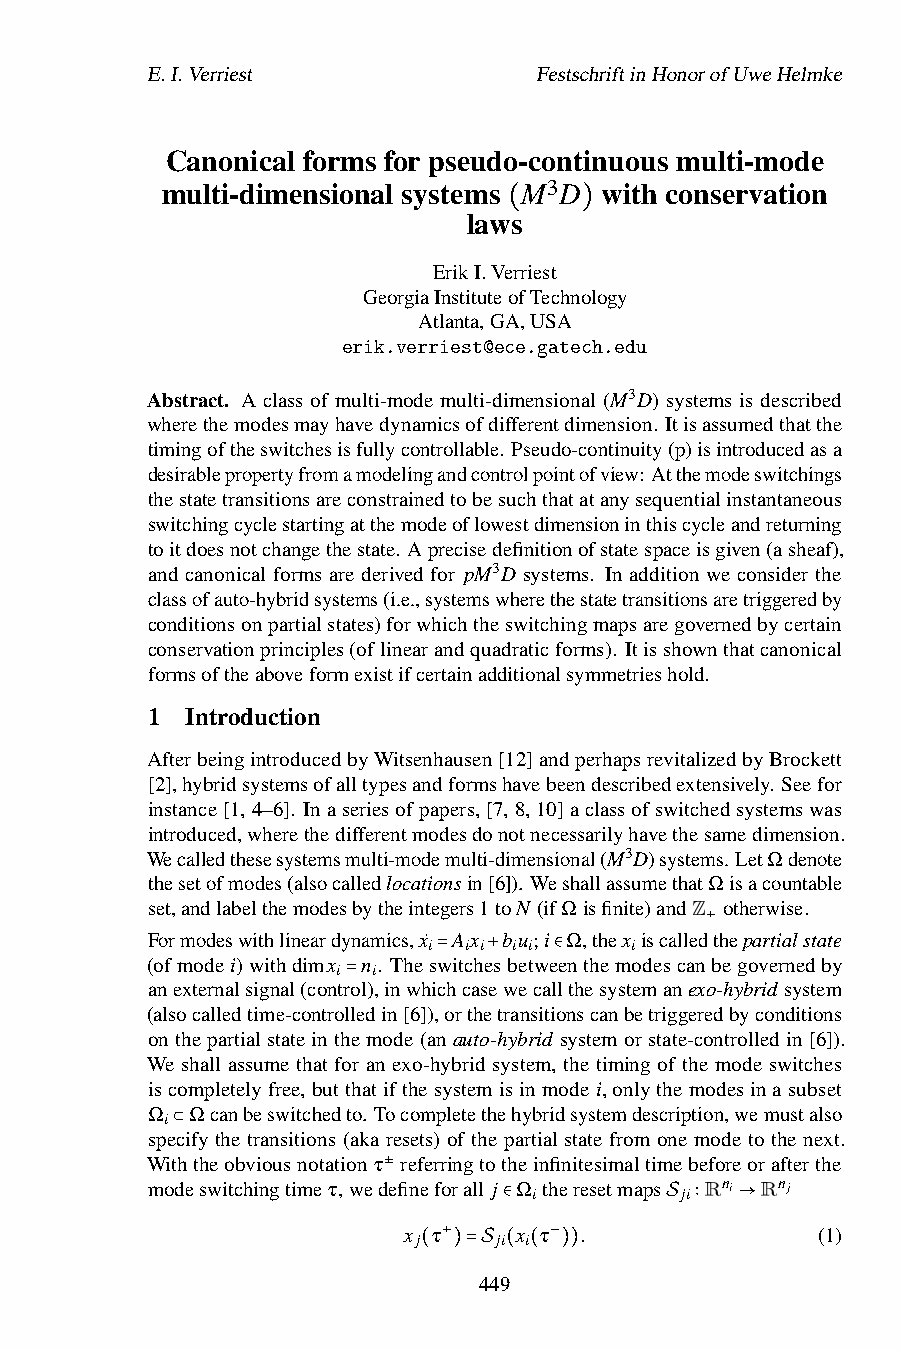
E.I.Verriest              FestschriftinHonorofUweHelmke
 Canonical forms for pseudo-continuous multi-mode
 multi-dimensional systems (M3D) with conservation
 laws
 ErikI.Verriest
 GeorgiaInstituteofTechnology
 Atlanta,GA,USA
 erik.verriest@ece.gatech.edu
 Abstract. A class of multi-mode multi-dimensional (M3D) systems is described
 wherethemodesmayhavedynamicsofdifferentdimension. Itisassumedthatthe
 timingoftheswitchesisfullycontrollable. Pseudo-continuity(p)isintroducedasa
 desirablepropertyfromamodelingandcontrolpointofview:Atthemodeswitchings
 thestatetransitionsareconstrainedtobesuchthatatanysequentialinstantaneous
 switchingcyclestartingatthemodeoflowestdimensioninthiscycleandreturning
 toitdoesnotchangethestate. Aprecisedefinitionofstatespaceisgiven(asheaf),
 and canonical forms are derived for pM3D systems. In addition we consider the
 classofauto-hybridsystems(i.e.,systemswherethestatetransitionsaretriggeredby
 conditionsonpartialstates)forwhichtheswitchingmapsaregovernedbycertain
 conservationprinciples(oflinearandquadraticforms). Itisshownthatcanonical
 formsoftheaboveformexistifcertainadditionalsymmetrieshold.
 1 Introduction
 AfterbeingintroducedbyWitsenhausen[12]andperhapsrevitalizedbyBrockett
 [2],hybridsystemsofalltypesandformshavebeendescribedextensively. Seefor
 instance[1,4–6]. Inaseriesofpapers,[7,8,10]aclassofswitchedsystemswas
 introduced,wherethedifferentmodesdonotnecessarilyhavethesamedimension.
 Wecalledthesesystemsmulti-modemulti-dimensional(M3D)systems.LetΩdenote
 thesetofmodes(alsocalledlocationsin[6]). WeshallassumethatΩisacountable
 set,andlabelthemodesbytheintegers1toN (ifΩisfinite)andZ otherwise.
 Formodeswithlineardynamics,x˙ Ax bu;i Ω,thex iscalledthepartialstate
 i  i i i i    i    +
 (ofmodei)withdimx n. Theswitchesbetweenthemodescanbegovernedby
 i  i
 anexternalsignal(control),inwhic=hcas+ewecal∈lthesystemanexo-hybridsystem
 (alsocalledtime-control=ledin[6]),orthetransitionscanbetriggeredbyconditions
 onthepartialstateinthemode(anauto-hybrid systemorstate-controlledin[6]).
 We shall assume that for an exo-hybrid system, the timing of the mode switches
 iscompletelyfree, butthatifthesystemisinmodei, onlythemodesinasubset
 Ω Ωcanbeswitchedto. Tocompletethehybridsystemdescription,wemustalso
 i
 specify the transitions (aka resets) of the partial state from one mode to the next.
 Wit⊂htheobviousnotationτ referringtotheinfinitesimaltimebeforeorafterthe
 modeswitchingtimeτ,wed±efineforall j Ω itheresetmaps
 ji
 Rni Rnj
 x τ   ∈x τ .     S ∶  →    (1)
 j     ji i
 +      −
 ( )=4S49( ( ))